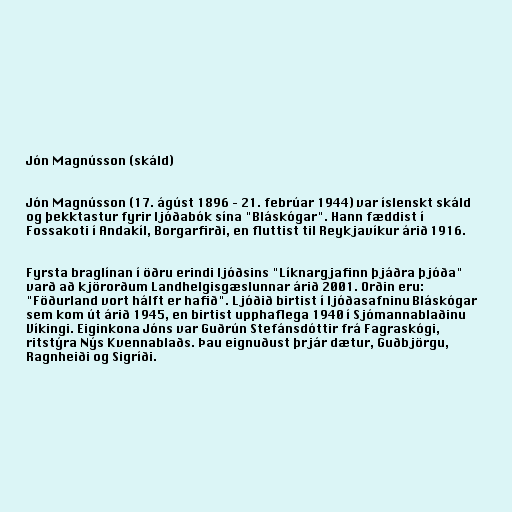
Jón Magnússon (skáld)

Jón Magnússon (17. ágúst 1896 – 21. febrúar 1944) var íslenskt skáld
og þekktastur fyrir ljóðabók sína "Bláskógar". Hann fæddist í
Fossakoti í Andakíl, Borgarfirði, en fluttist til Reykjavíkur árið 1916.

Fyrsta braglínan í öðru erindi ljóðsins "Líknargjafinn þjáðra þjóða"
varð að kjörorðum Landhelgisgæslunnar árið 2001. Orðin eru:
"Föðurland vort hálft er hafið". Ljóðið birtist í ljóðasafninu Bláskógar
sem kom út árið 1945, en birtist upphaflega 1940 í Sjómannablaðinu
Víkingi. Eiginkona Jóns var Guðrún Stefánsdóttir frá Fagraskógi,
ritstýra Nýs Kvennablaðs. Þau eignuðust þrjár dætur, Guðbjörgu,
Ragnheiði og Sigríði.